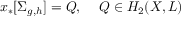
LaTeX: x _ { * } [ \Sigma _ { g , h } ] = { \cal Q } , \, \, \, \, \, \, \, { \cal Q } \in H _ { 2 } ( X , { \cal L } )